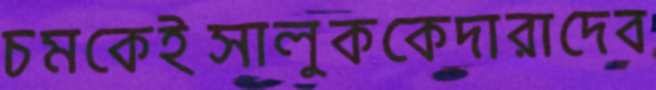
চমকেইসালুককেদারাদেব